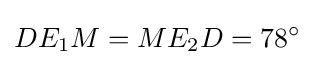
DE_{1}M=ME_{2}D=78^{\circ }